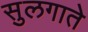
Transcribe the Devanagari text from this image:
सुलगाते